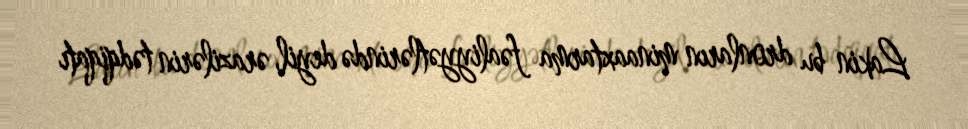
Lakin bu dronların minaaxtarma fəaliyyətlərində deyil, ərazilərin tədqiqatı